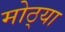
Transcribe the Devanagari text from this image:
मोठ्‍या